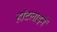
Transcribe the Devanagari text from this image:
हॉटलाइनें